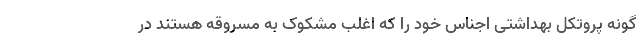
گونه پروتکل بهداشتی اجناس خود را که اغلب مشکوک به مسروقه هستند در